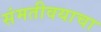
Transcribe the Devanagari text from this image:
संमतीवयाचा